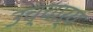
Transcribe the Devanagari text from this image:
उच्चार्य